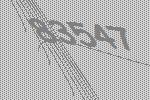
83547